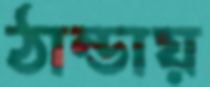
ঠান্ডায়